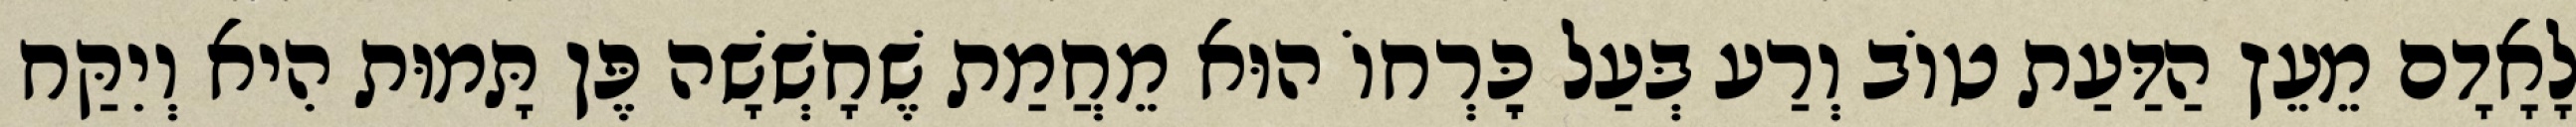
לָאָדָם מֵעֵץ הַדַּעַת טוֹב וְרַע בְּעַל כׇּרְחוֹ הוּא מֵחֲמַת שֶׁחָשְׁשָׁה פֶּן תָּמוּת הִיא וְיִקַּח